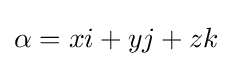
\alpha =xi+yj+zk